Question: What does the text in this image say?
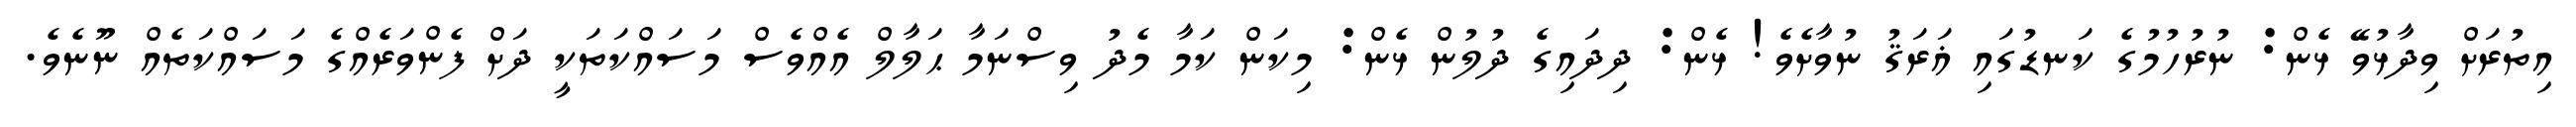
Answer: އިތުރަށް ވިދާޅުވޭ ޅެން: ނުރުހުމުގެ ކަނޑުގައި ޣަރަޤު ނުވާށެވެ! ޅެން: ދިދައިގެ ދުލުން ޅެން: މިކަން ކަމާ މެދު ވިސްނަމާ ޙަލާލް އެއްވެސް މަސައްކަތަކީ ދަށް ފެންވަރެއްގެ މަސައްކަތެއް ނޫނެވެ.